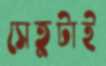
সেতুটাই